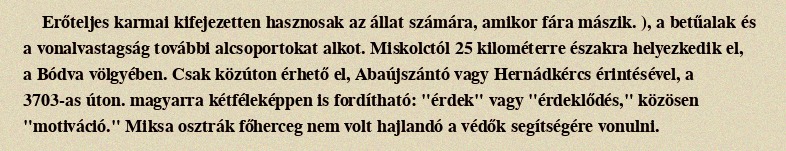
Erőteljes karmai kifejezetten hasznosak az állat számára, amikor fára mászik. ), a betűalak és a vonalvastagság további alcsoportokat alkot. Miskolctól 25 kilométerre északra helyezkedik el, a Bódva völgyében. Csak közúton érhető el, Abaújszántó vagy Hernádkércs érintésével, a 3703-as úton. magyarra kétféleképpen is fordítható: "érdek" vagy "érdeklődés," közösen "motiváció." Miksa osztrák főherceg nem volt hajlandó a védők segítségére vonulni.